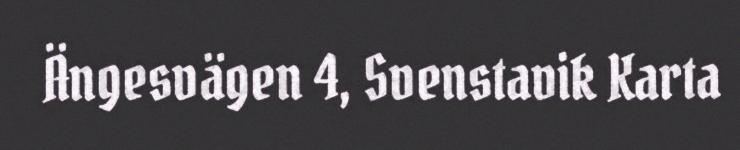
Ängesvägen 4, Svenstavik Karta